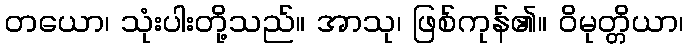
တယော၊ သုံးပါးတို့သည်။ အာသု၊ ဖြစ်ကုန်၏။ ဝိမုတ္တိယာ၊